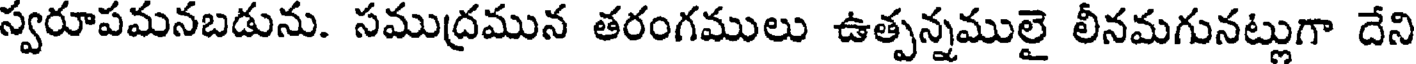
స్వరూపమనబడును. సముద్రమున తరంగములు ఉత్పన్నములై లీనమగునట్లుగా దేని